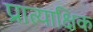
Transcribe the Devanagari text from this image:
प्रात्याक्षिक